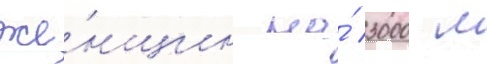
же́нщин на́ 3000 м